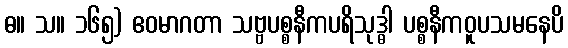
ဓ။ သ။ ၁၆၅) ဧဝမာဂတာ သဗ္ဗပစ္စနီကပရိသုဒ္ဓါ ပစ္စနီကဝူပသမနေပိ